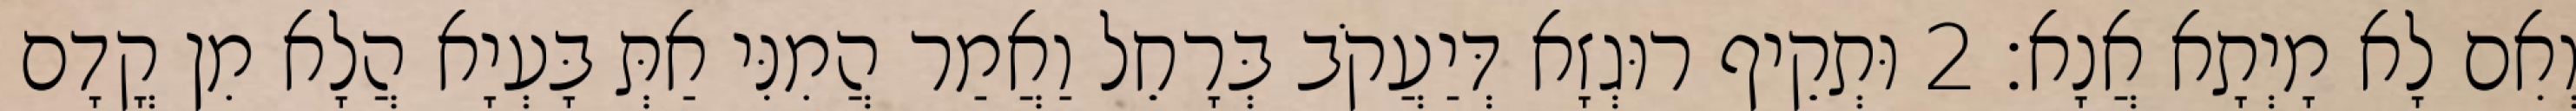
וְאִם לָא מָיְתָא אֲנָא׃ 2 וּתְקֵיף רוּגְזָא דְּיַעֲקֹב בְּרָחֵל וַאֲמַר הֲמִנִּי אַתְּ בָּעְיָא הֲלָא מִן קֳדָם